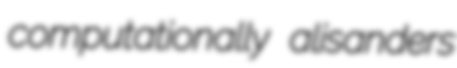
computationally alisanders